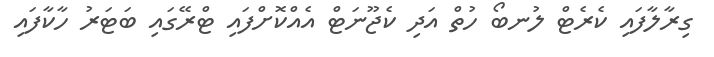
ގިރާލާފައި ކެރެޓް ލުނބޯ ހުތް އަދި ކެޖޫނަޓް އެއްކޮށްފައި ޓްރޭގައި ބަޓަރު ހާކާފައި